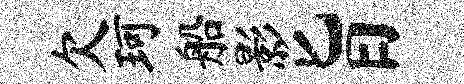
欠珂船影旨